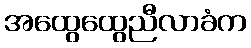
အထွေထွေညီလာခံက